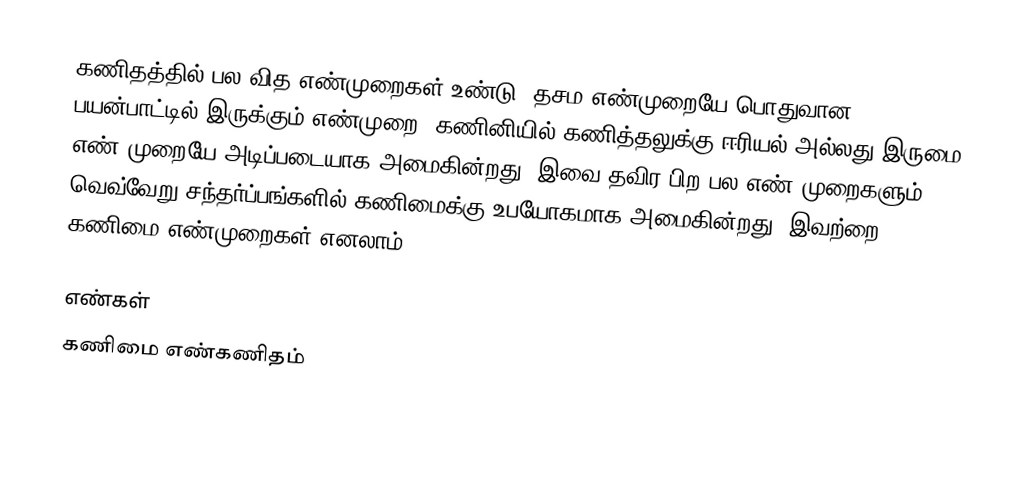
கணிதத்தில் பல வித எண்முறைகள் உண்டு.  தசம எண்முறையே பொதுவான பயன்பாட்டில் இருக்கும் எண்முறை.  கணினியில் கணித்தலுக்கு ஈரியல் அல்லது இருமை எண் முறையே அடிப்படையாக அமைகின்றது.  இவை தவிர பிற பல எண் முறைகளும் வெவ்வேறு சந்தர்ப்பங்களில் கணிமைக்கு உபயோகமாக அமைகின்றது, இவற்றை கணிமை எண்முறைகள் எனலாம்.

எண்கள்
கணிமை எண்கணிதம்